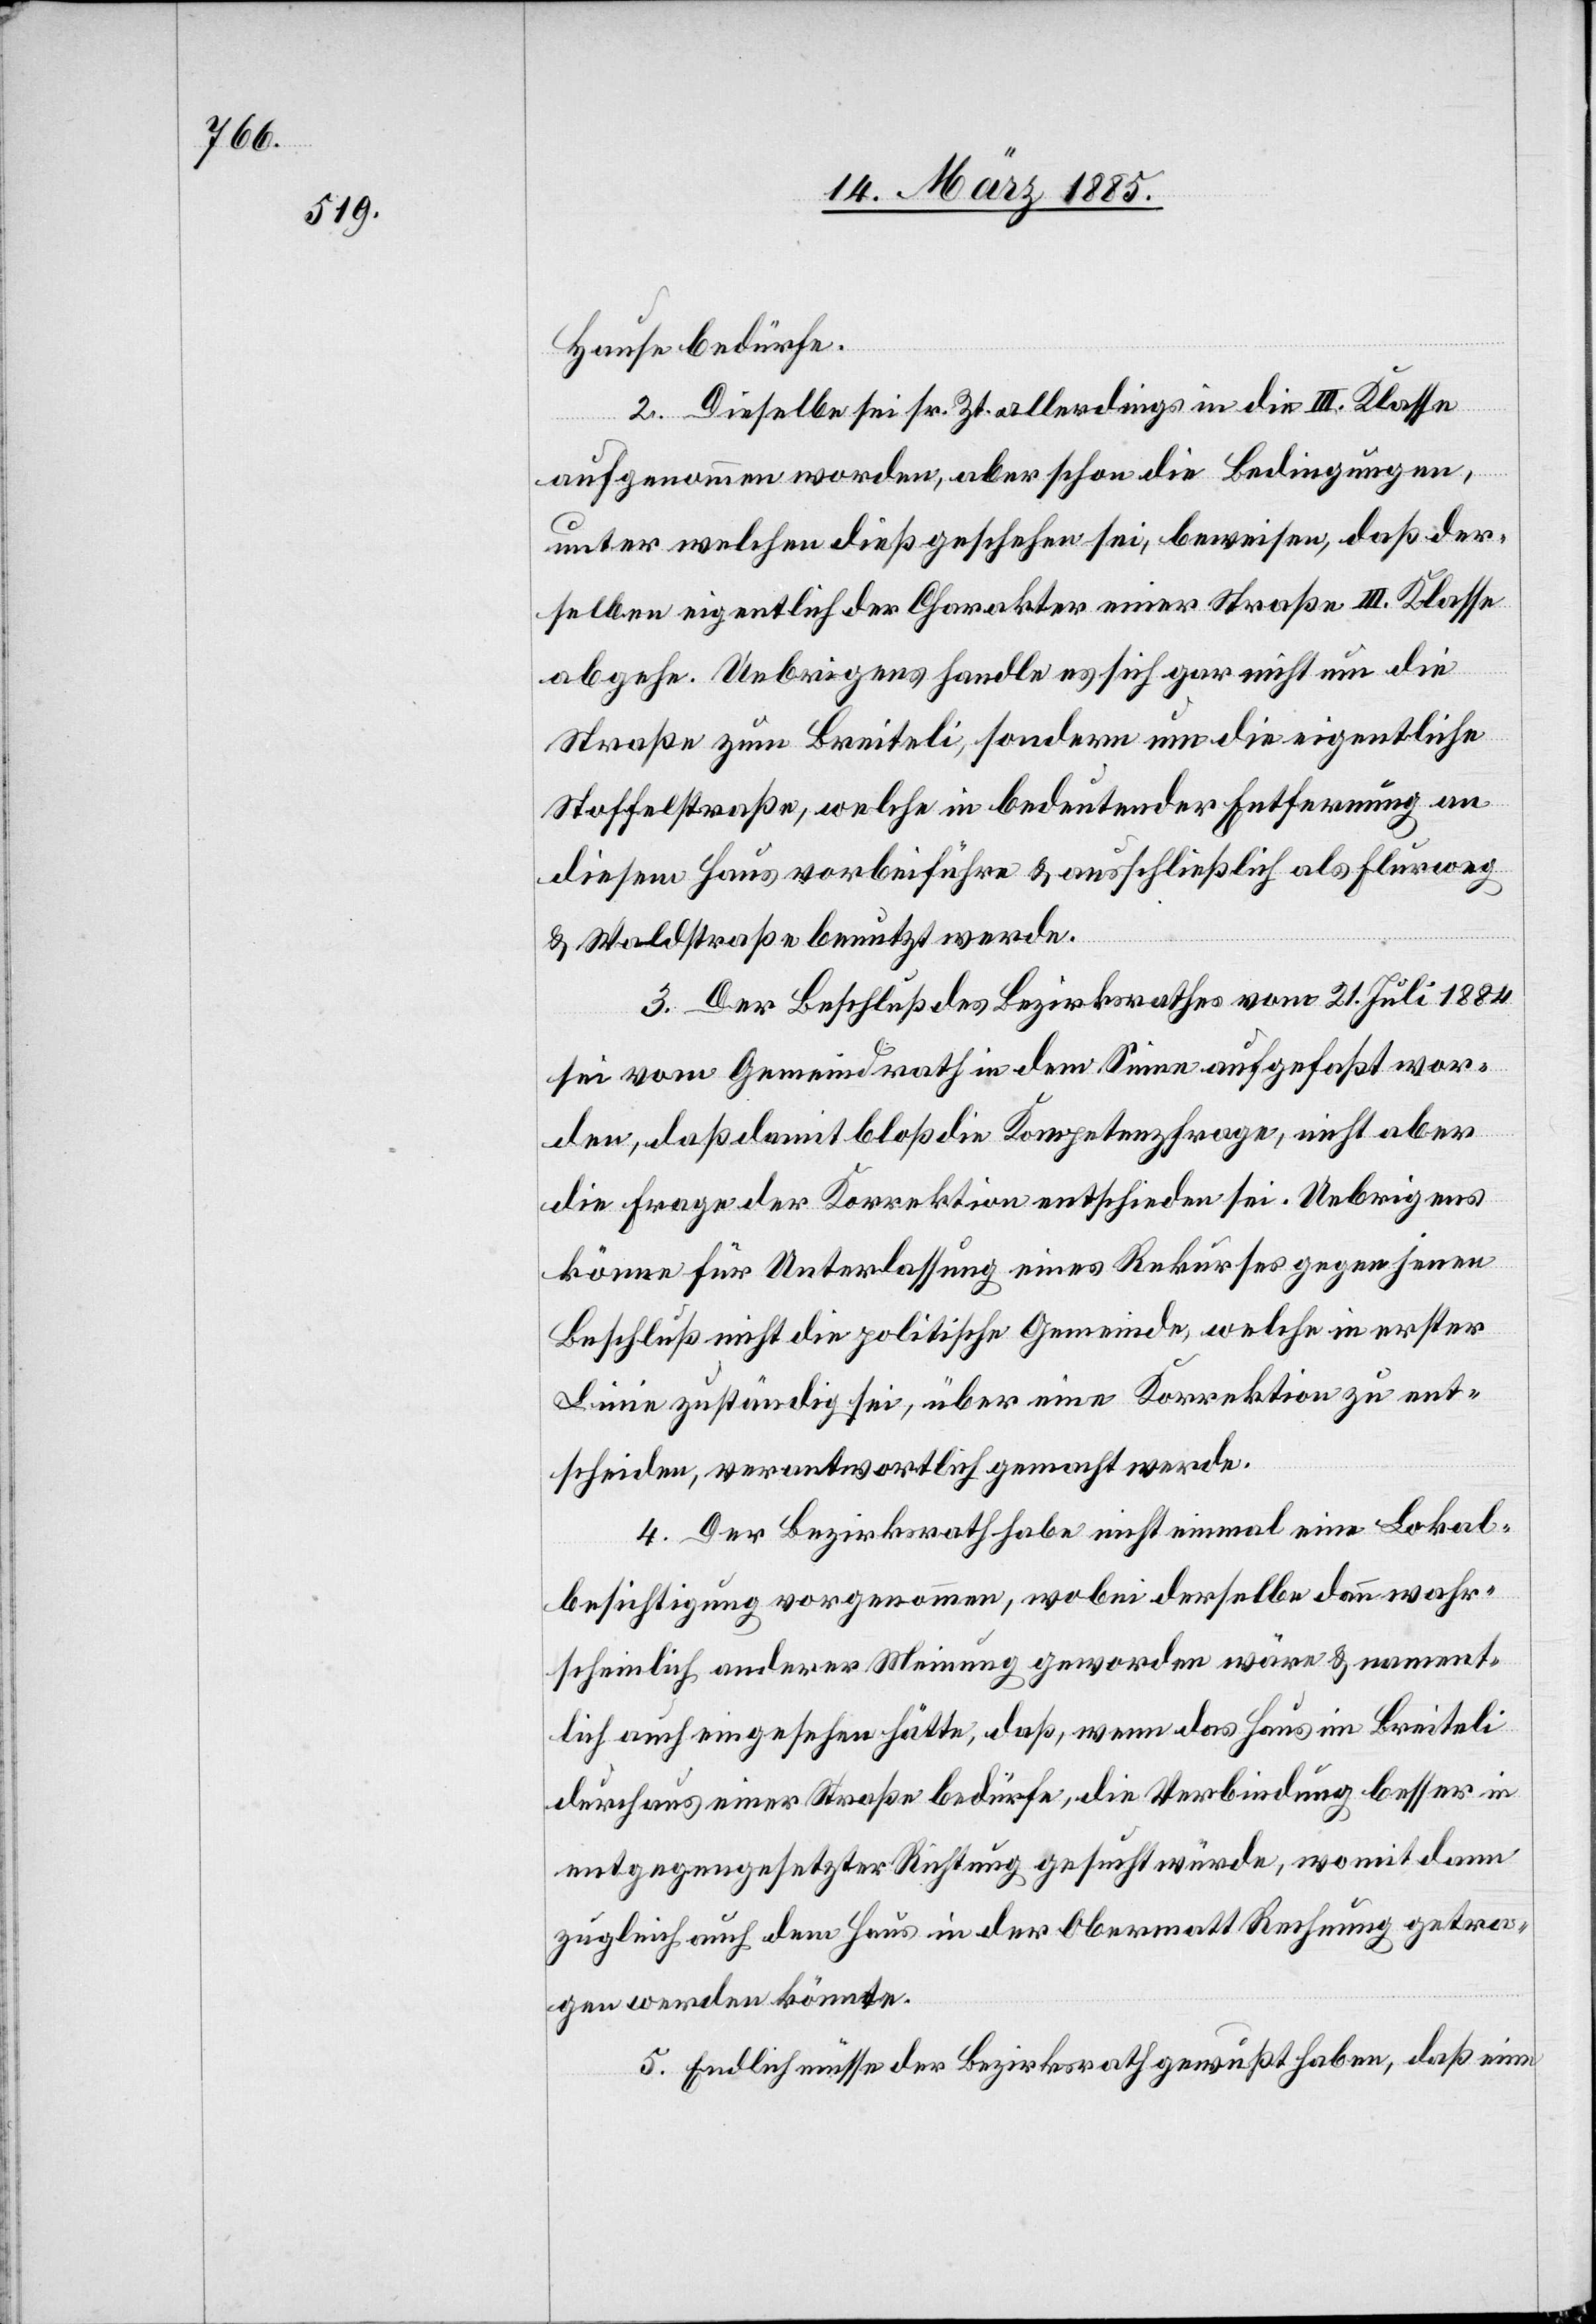
Hause bedürfe.
2. Dieselbe sei sr. Zt. allerdings in die III. Klasse
aufgenommen worden, aber schon die Bedingungen,
unter welchen dieß geschehen sei, beweisen, daß der¬
selben eigentlich der Charakter einer Straße III. Klasse
abgehe. Uebrigens handle es sich gar nicht um die
Straße zum Breiteli, sondern um die eigentliche
Stoffelstraße, welche in bedeutender Entfernung an
diesem Haus vorbeiführen & ausschließlich als Flurweg
& Waldstraße benutzt werde.
3. Der Beschluß des Bezirksrathes vom 21. Juli 1884
sei vom Gemeindrath in dem Sinne aufgefaßt wor¬
den, daß damit die Kompetenzfrage, nicht aber
die Frage der Korrektion entschieden sei. Uebrigens
könne für Unterlassung eines Rekurses gegen jenen
Beschluß nicht die politische Gemeinde, welche in erster
Linie zuständig sei, über eine Korrektion zu ent¬
scheiden, verantwortlich gemacht werde[n].
4. Der Bezirksrath habe nicht einmal eine Lokal¬
besichtigung vorgenommen, wobei derselbe dann wahr¬
scheinlich anderer Meinung geworden wäre & nament¬
lich auch eingesehen hätte, daß, wenn das Haus im Breiteli
durchaus einer Straße bedürfe, die Verbindung besser in
entgegengesetzter Richtung gesucht würde, womit dann
zugleich auch dem Haus in der Obermatt Rechnung getra¬
gen werden könnte.
5. Endlich müsse der Bezirksrath gewußt haben, daß eine